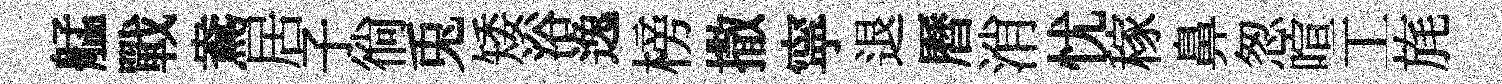
艋戰鴦居子徜兎矮浴逸榜撒寜退曆消忧稼鼻怱喧工旄